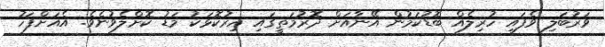
ވަރުބަލި ވެފައި ހުރިލެއް ބޮޑުކަމުން އޭނާއަށް ދޮރުމަތީގައި އިރުކޮޅަކު މަޑު ކޮށްލެވުނެވެ. އެއަށްފަހު